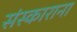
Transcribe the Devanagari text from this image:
संस्काराना